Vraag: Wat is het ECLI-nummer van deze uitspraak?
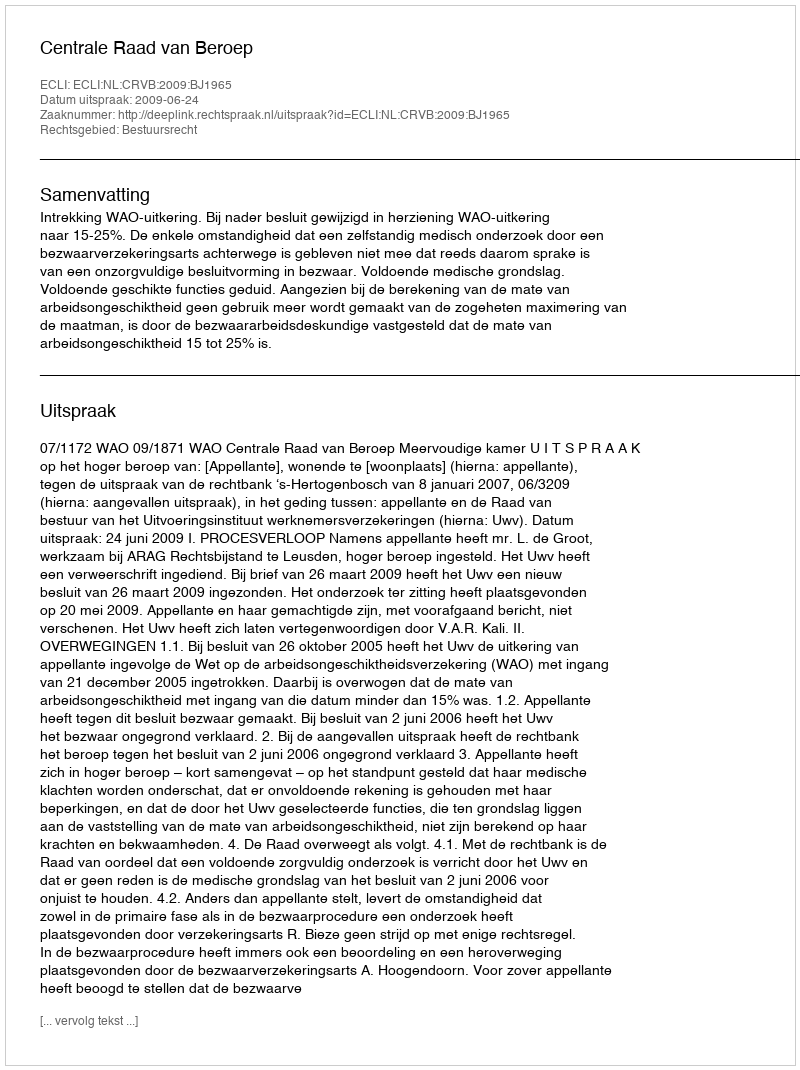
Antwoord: ECLI:NL:CRVB:2009:BJ1965